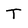
Character: T